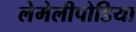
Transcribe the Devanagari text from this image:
लेमेलीपोडिया